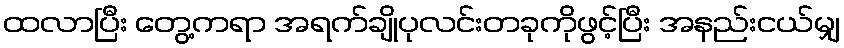
ထလာပြီး တွေ့ကရာ အရက်ချိုပုလင်းတခုကိုဖွင့်ပြီး အနည်းငယ်မျှ